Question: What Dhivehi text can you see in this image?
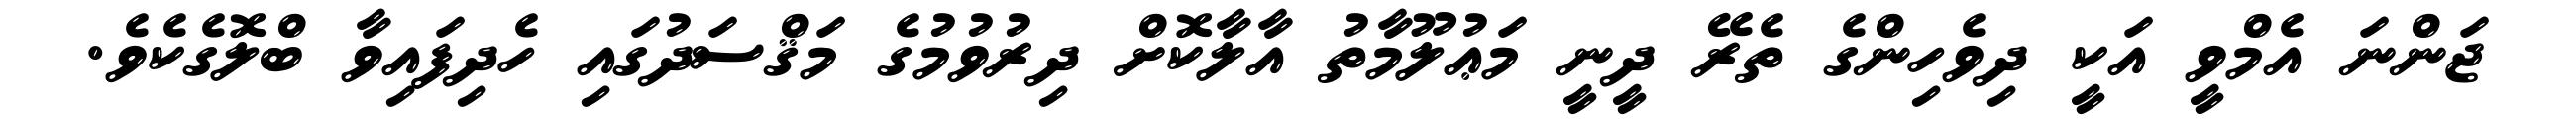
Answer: ޖަންނަ އެމްވީ އަކީ ދިވެހިންގެ ތެރޭ ދީނީ މަޢުލޫމާތު އާލާކޮށް ދިރުވުމުގެ މަޤްސަދުގައި ހެދިފައިވާ ބްލޮގެކެވެ.